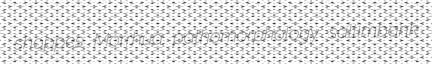
shoppes Morrhua pathomorphology saltimbank